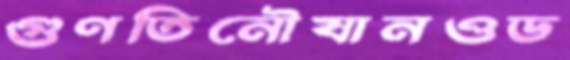
গুণতিনৌযানওড